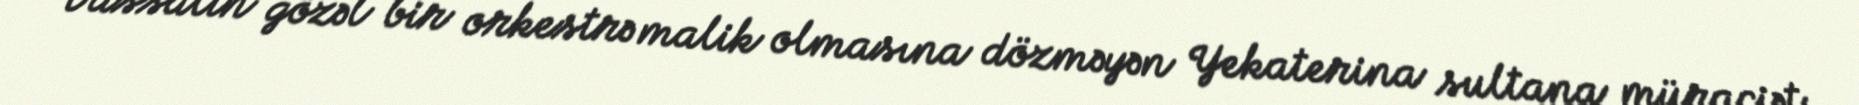
Vassalın gözəl bir orkestrə malik olmasına dözməyən Yekaterina sultana müraciət